Cholera in India, 1862 to 1881
Year: 1862
Disease focus: Cholera
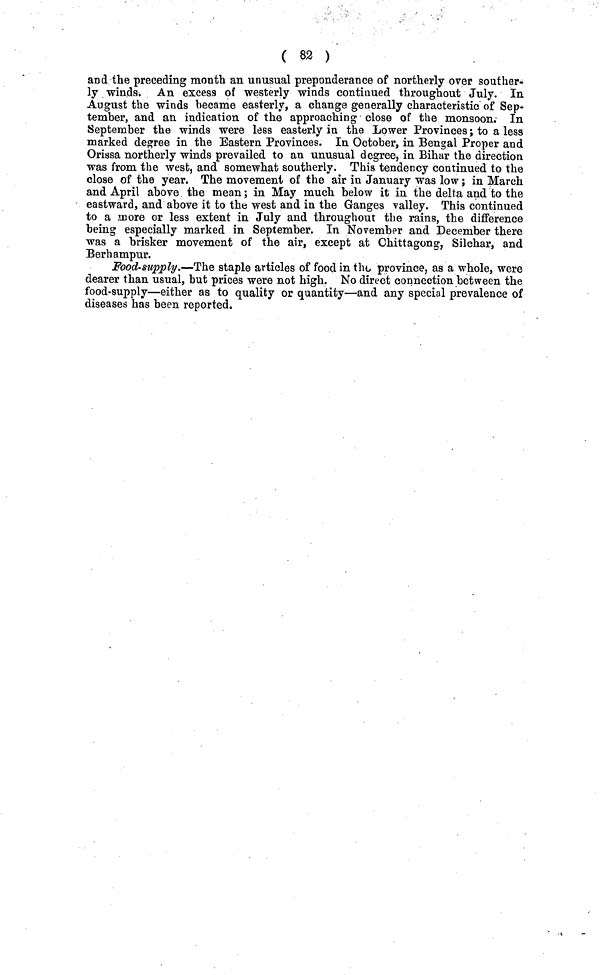
( 82 )
and the preceding month an unusual preponderance of northerly over souther-
ly winds. An excess of westerly winds continued throughout July. In
August the winds became easterly, a change generally characteristic of Sep-
tember, and an indication of the approaching close of the monsoon. In
September the winds were less easterly in the Lower Provinces; to a less
marked degree in the Eastern Provinces. In October, in Bengal Proper and
Orissa northerly winds prevailed to an unusual degree, in Bihar the direction
was from the west, and somewhat southerly. This tendency continued to the
close of the year. The movement of the air in January was low; in March
and April above the mean; in May much below it in the delta and to the
eastward, and above it to the west and in the Ganges valley. This continued
to a more or less extent in July and throughout the rains, the difference
being especially marked in September. In November and December there
was a brisker movement of the air, except at Chittagong, Silchar, and
Berhampur.
Food-supply.—The staple articles of food in the province, as a whole, were
dearer than usual, but prices were not high. No direct connection between the
food-supply—either as to quality or quantity—and any special prevalence of
diseases has been reported.